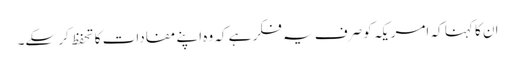
ان کا کہنا کہ امریکہ کو صرف یہ فکر ہے کہ وہ اپنے مفادات کا تحفظ کر سکے۔